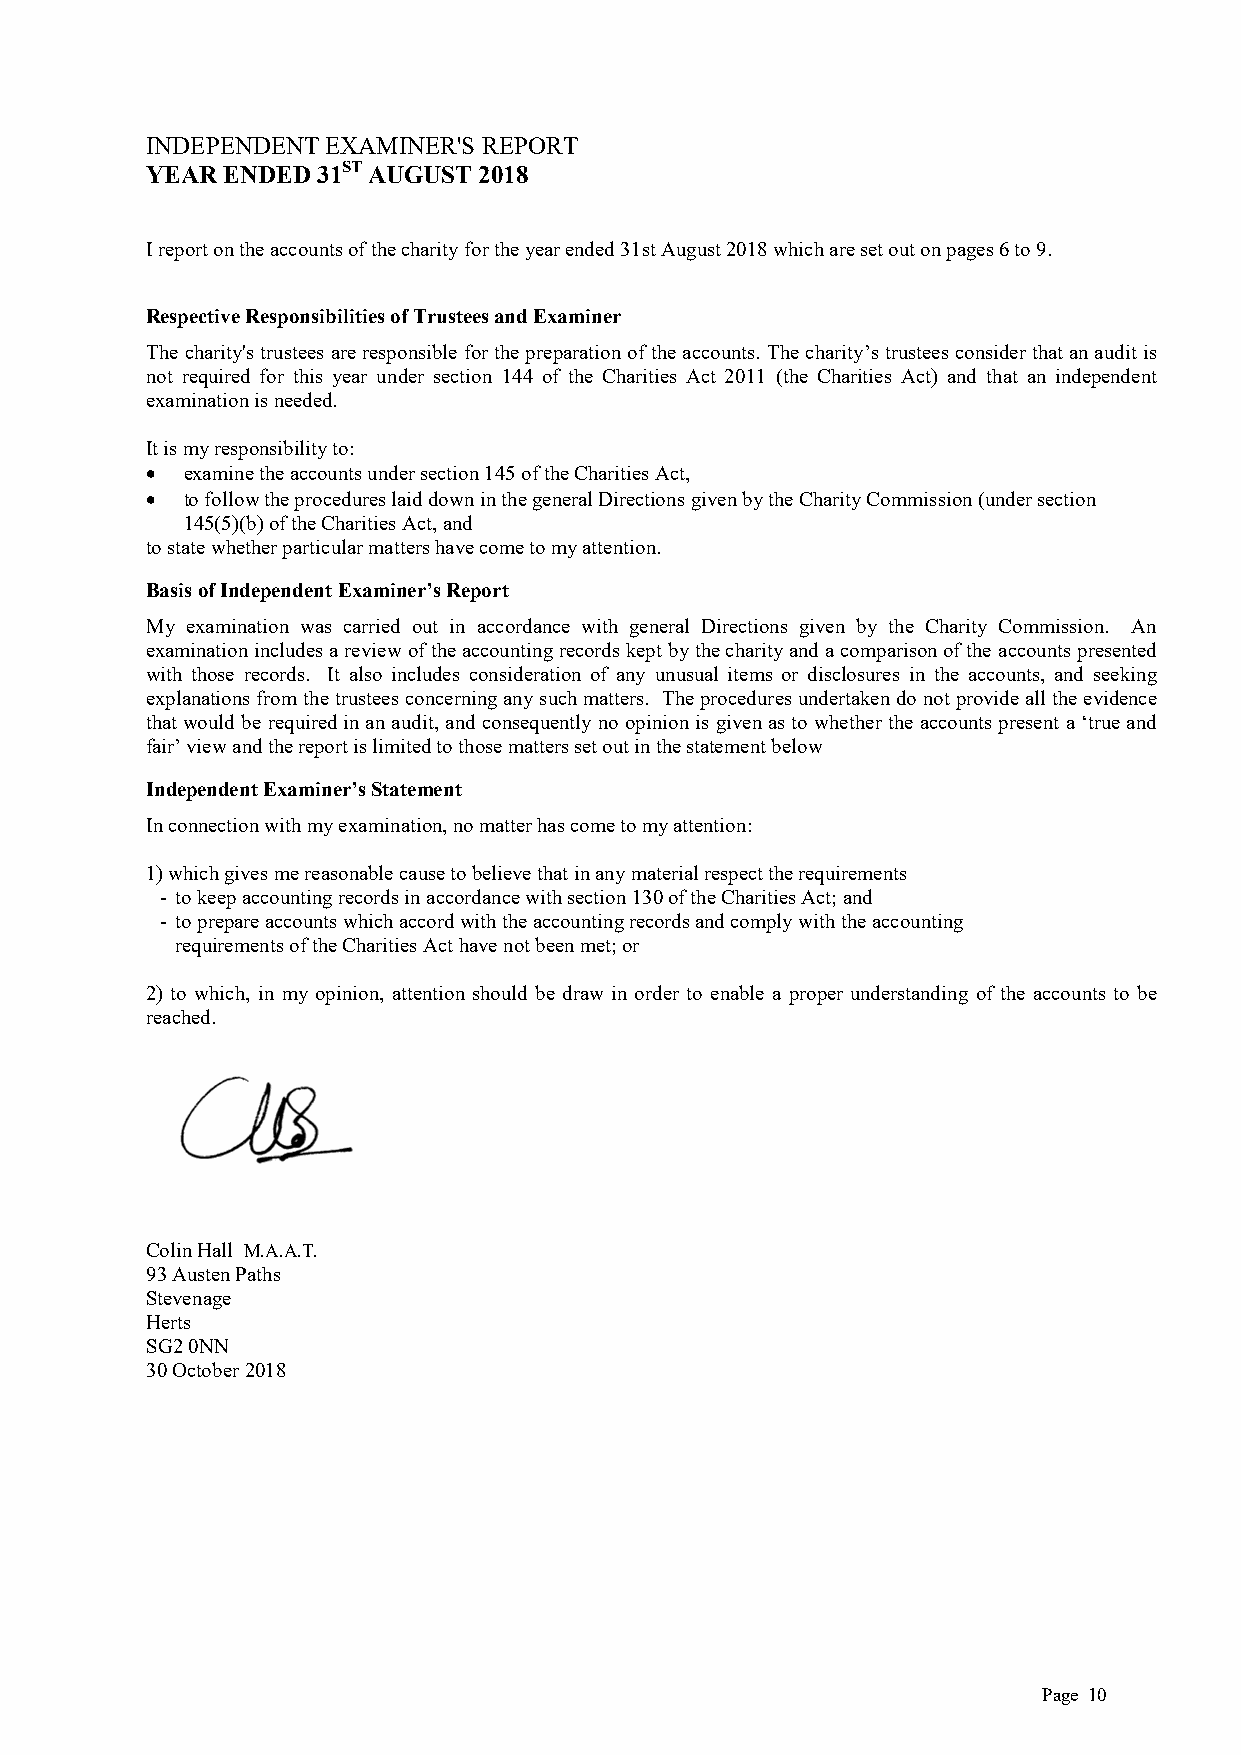
INDEPENDENT EXAMINER'S REPORT
 YEAR ENDED 31ST AUGUST 2018
 I report on the accounts of the charity for the year ended 31st August 2018 which are set out on pages 6 to 9.
 Respective Responsibilities of Trustees and Examiner
 The charity's trustees are responsible for the preparation of the accounts. The charity’s trustees consider that an audit is
 not required for this year under section 144 of the Charities Act 2011 (the Charities Act) and that an independent
 examination is needed.
 It is my responsibility to:
  examine the accounts under section 145 of the Charities Act,
  to follow the procedures laid down in the general Directions given by the Charity Commission (under section
 145(5)(b) of the Charities Act, and
 to state whether particular matters have come to my attention.
 Basis of Independent Examiner’s Report
 My examination was carried out in accordance with general Directions given by the Charity Commission. An
 examination includes a review of the accounting records kept by the charity and a comparison of the accounts presented
 with those records. It also includes consideration of any unusual items or disclosures in the accounts, and seeking
 explanations from the trustees concerning any such matters. The procedures undertaken do not provide all the evidence
 that would be required in an audit, and consequently no opinion is given as to whether the accounts present a ‘true and
 fair’ view and the report is limited to those matters set out in the statement below
 Independent Examiner’s Statement
 In connection with my examination, no matter has come to my attention:
 1) which gives me reasonable cause to believe that in any material respect the requirements
 - to keep accounting records in accordance with section 130 of the Charities Act; and
 - to prepare accounts which accord with the accounting records and comply with the accounting
 requirements of the Charities Act have not been met; or
 2) to which, in my opinion, attention should be draw in order to enable a proper understanding of the accounts to be
 reached.
 Colin Hall M.A.A.T.
 93 Austen Paths
 Stevenage
 Herts
 SG2 0NN
 30 October 2018
 Page 10